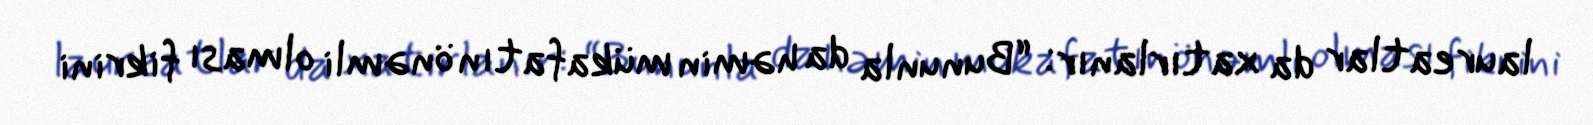
laureatlar da xatırlanır: “Bununla da həmin mükafatın önəmli olması fikrini